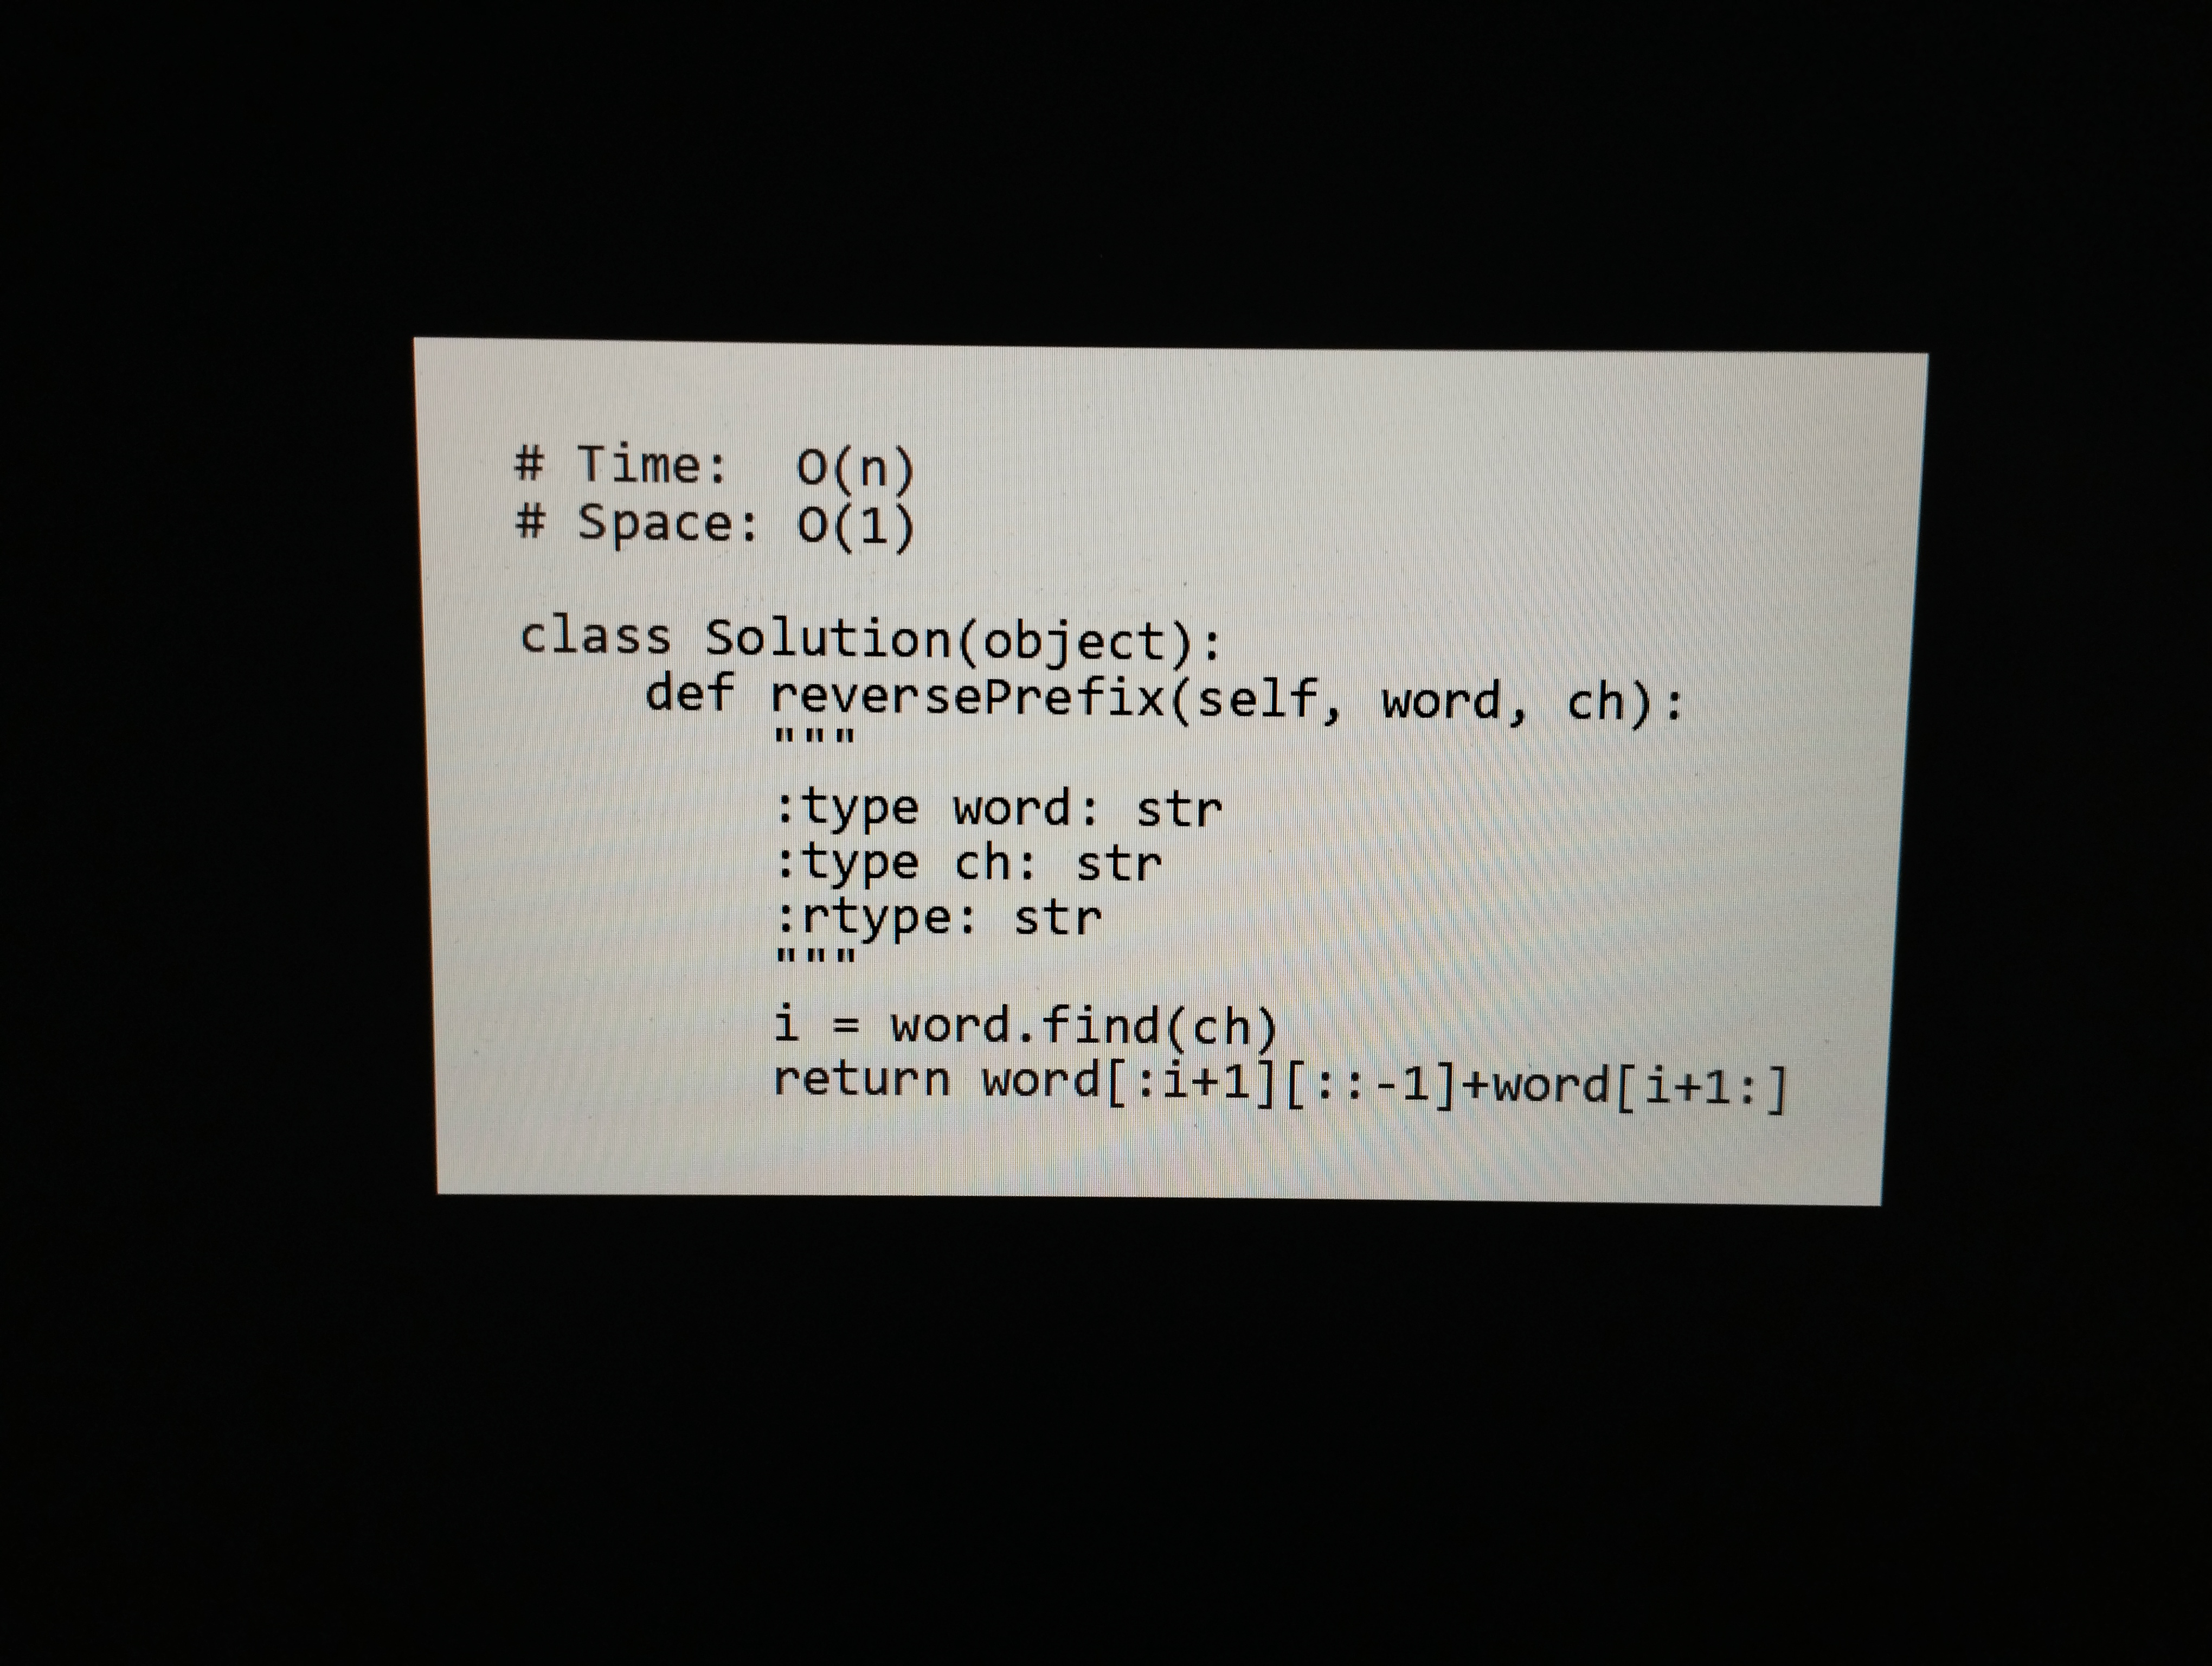
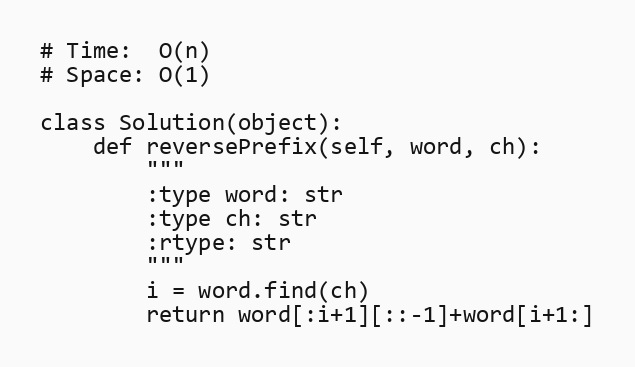
# Time:  O(n)
# Space: O(1)

class Solution(object):
    def reversePrefix(self, word, ch):
        """
        :type word: str
        :type ch: str
        :rtype: str
        """
        i = word.find(ch)
        return word[:i+1][::-1]+word[i+1:]